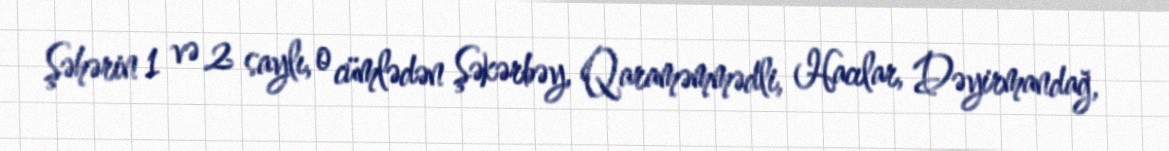
Şəhərin 1 və 2 saylı, o cümlədən Şəkərbəy, Qaraməmmədli, Hacılar, Dəyirmandağ,